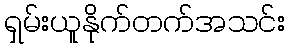
ရှမ်းယူနိုက်တက်အသင်း